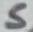
Text: S